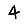
Digit: 4